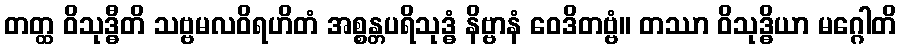
တတ္ထ ဝိသုဒ္ဓီတိ သဗ္ဗမလဝိရဟိတံ အစ္စန္တပရိသုဒ္ဓံ နိဗ္ဗာနံ ဝေဒိတဗ္ဗံ။ တဿာ ဝိသုဒ္ဓိယာ မဂ္ဂေါတိ